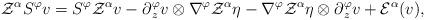
LaTeX: \begin{align*}\mathcal{Z}^\alpha S^\varphi v=S^\varphi\mathcal{Z}^\alpha v-\partial{_z^\varphi}v\otimes\nabla^\varphi\mathcal{Z}^\alpha\eta-\nabla^\varphi\mathcal{Z}^\alpha\eta\otimes\partial{_z^\varphi}v+\mathcal{E}^\alpha(v),\end{align*}